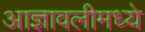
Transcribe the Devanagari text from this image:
आज्ञावलीमध्ये